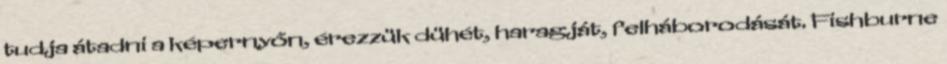
tudja átadni a képernyőn, érezzük dühét, haragját, felháborodását. Fishburne